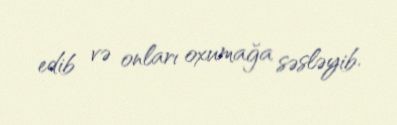
edib və onları oxumağa səsləyib.